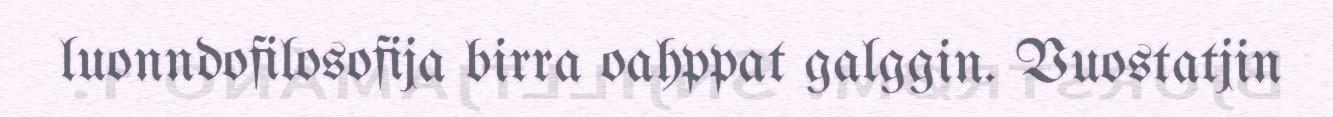
luonndofilosofija birra oahppat galggin. Vuostatjin